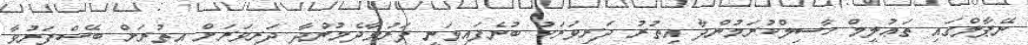
ނޭޕާލްގައި ތަޢުލީމް ހާސިލްކުރަމުންދާ އިތުރު ދަރިވަރަކު ބުނެފައިވަނީ ފަރުވާދެމުންދާ ދަރިވަރަށް އިތުރަށް ބޭސްފަރުވާ